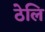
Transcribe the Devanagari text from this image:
ठेलि